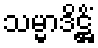
သမ္မာဒိဋ္ဌိံ